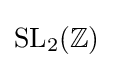
\mathrm {SL} _{2}(\mathbb {Z} )